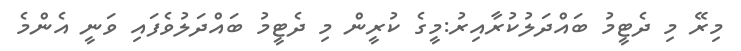
މިރޭ މި ދެޓީމު ބައްދަލުކުރާއިރު:މީގެ ކުރީން މި ދެޓީމު ބައްދަލުވެފައި ވަނީ އެންމެ